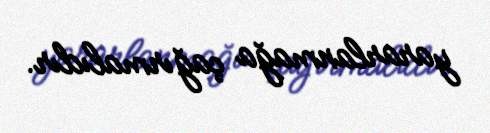
yararlanmağa çağırmalıdır.